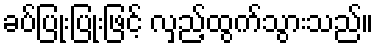
ခပ်ပြုံးပြုံးဖြင့် လှည့်ထွက်သွားသည်။